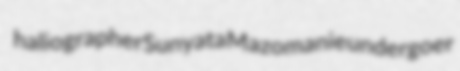
haliographer Sunyata Mazomanie undergoer